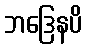
ဘဒြေနပိ